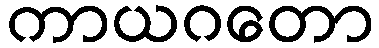
ကာယဂတော